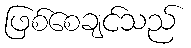
ဖြစ်စေချင်သည်